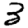
Digit: 3